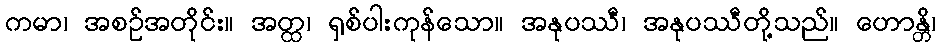
ကမာ၊ အစဉ်အတိုင်း။ အတ္ထ၊ ရှစ်ပါးကုန်သော။ အနုပဿီ၊ အနုပဿီတို့သည်။ ဟောန္တိ၊